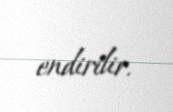
endirilir.